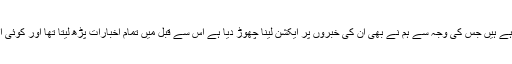
اس اہم شعبے کو اپنی زاتی اخلافات کو بنیاد بنا کر استعمال کررہے ہیں جس کی وجہ سے ہم نے بھی ان کی خبروں پر ایکشن لینا چھوڑ دیا ہے اس سے قبل میں تمام اخبارات پڑھ لیتا تھا اور کوئی اس قسم کی خبر چھپتی تھی تو اس کے خلاف ایکشن لیا جاتا تھا ۔